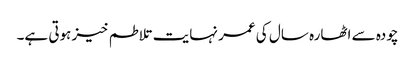
چودہ سے اٹھارہ سال کی عمر نہایت تلاطم خیز ہوتی ہے۔